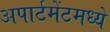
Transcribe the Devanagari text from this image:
अपार्टमेंटमध्ये